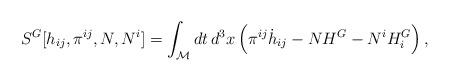
LaTeX: \begin{align*}{}S^G [h_{ij}, \pi^{ij}, N, N^i] = \int_{\cal M} dt \, d^3x \left( {\pi}^{ij} {\dot h}_{ij} - N H^G - N^i H^G_i \right),\end{align*}